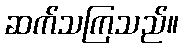
ဆက်သကြသည်။